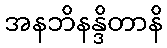
အနဘိနန္ဒိတာနိ